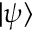
| \psi \rangle